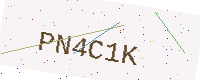
Text: PN4C1K